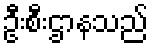
ဦးစီးဌာနသည်